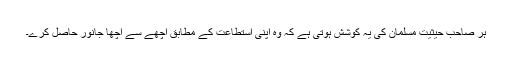
ہر صاحب حیثیت مسلمان کی یہ کوشش ہوتی ہے کہ وہ اپنی استطاعت کے مطابق اچھے سے اچھا جانور حاصل کرے۔